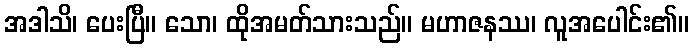
အဒါသိ၊ ပေးပြီ။ သော၊ ထိုအမတ်သားသည်။ မဟာဇနဿ၊ လူအပေါင်း၏။